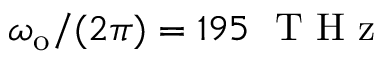
\omega _ { \mathrm { o } } / ( 2 \pi ) = 1 9 5 \ \mathrm { ~ T ~ H ~ z ~ }